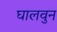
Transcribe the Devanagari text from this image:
घालवुन